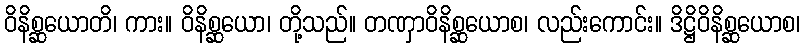
ဝိနိစ္ဆယောတိ၊ ကား။ ဝိနိစ္ဆယော၊ တို့သည်။ တဏှာဝိနိစ္ဆယောစ၊ လည်းကောင်း။ ဒိဋ္ဌိဝိနိစ္ဆယောစ၊